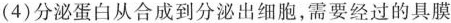
(4)分泌蛋白从合成到分泌出细胞，需要经过的具膜